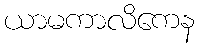
ယာမကာလိကေန